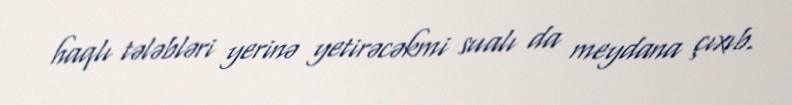
haqlı tələbləri yerinə yetirəcəkmi sualı da meydana çıxıb.